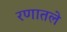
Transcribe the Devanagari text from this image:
रणातले